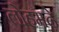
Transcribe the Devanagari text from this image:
लोहमढ़े